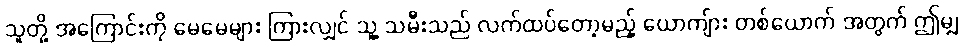
သူတို့ အကြောင်းကို မေမေများ ကြားလျှင် သူ့ သမီးသည် လက်ထပ်တော့မည့် ယောကျ်ား တစ်ယောက် အတွက် ဤမျှ